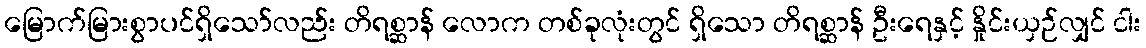
မြောက်မြားစွာပင်ရှိသော်လည်း တိရစ္ဆာန် လောက တစ်ခုလုံးတွင် ရှိသော တိရစ္ဆာန် ဦးရေနှင့် နှိုင်းယှဉ်လျှင် ငါး